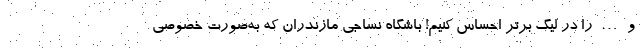
و … را در لیگ برتر احساس کنیم! باشگاه نساجی مازندران که به‌صورت خصوصی